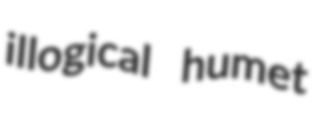
illogical humet